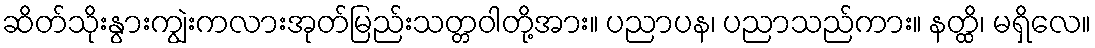
ဆိတ်သိုးနွားကျွဲးကလားအုတ်မြည်းသတ္တဝါတို့အား။ ပညာပန၊ ပညာသည်ကား။ နတ္ထိ၊ မရှိလေ။